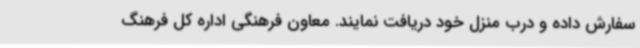
سفارش داده و درب منزل خود دریافت نمایند. معاون فرهنگی اداره کل فرهنگ